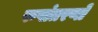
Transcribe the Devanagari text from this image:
रुपांतरणों